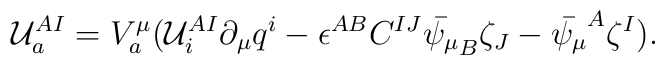
{\cal U}_a^{A I}=V^\mu_a({\cal U}_i^{A I}\partial_\mu q^i-\epsilon^{AB}C^{IJ}\bar{\psi_\mu}_B\zeta_J-\bar {\psi_\mu}^A\zeta^I).